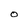
Character: O